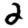
Digit: 2